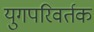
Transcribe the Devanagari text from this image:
युगपरिवर्तक